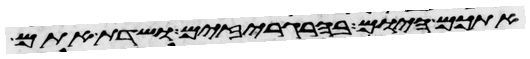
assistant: אתכם היום בהרגריזים ושדת אתם